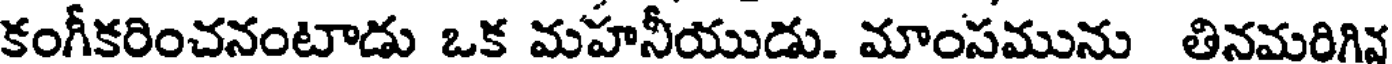
కంగీకరించనంటాడు ఒక మహనీయుడు. మాంపమును తినమరిగివ